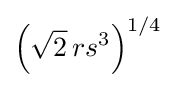
\left({\sqrt {2}}\,rs^{3}\right)^{1/4}